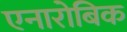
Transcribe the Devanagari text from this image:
एनारोबिक